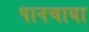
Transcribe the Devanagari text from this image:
पानचाया